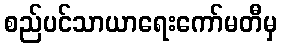
စည်ပင်သာယာရေးကော်မတီမှ